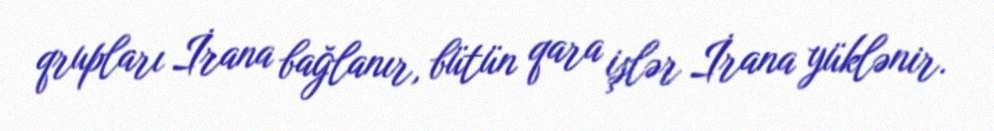
qrupları İrana bağlanır, bütün qara işlər İrana yüklənir.